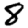
Digit: 8